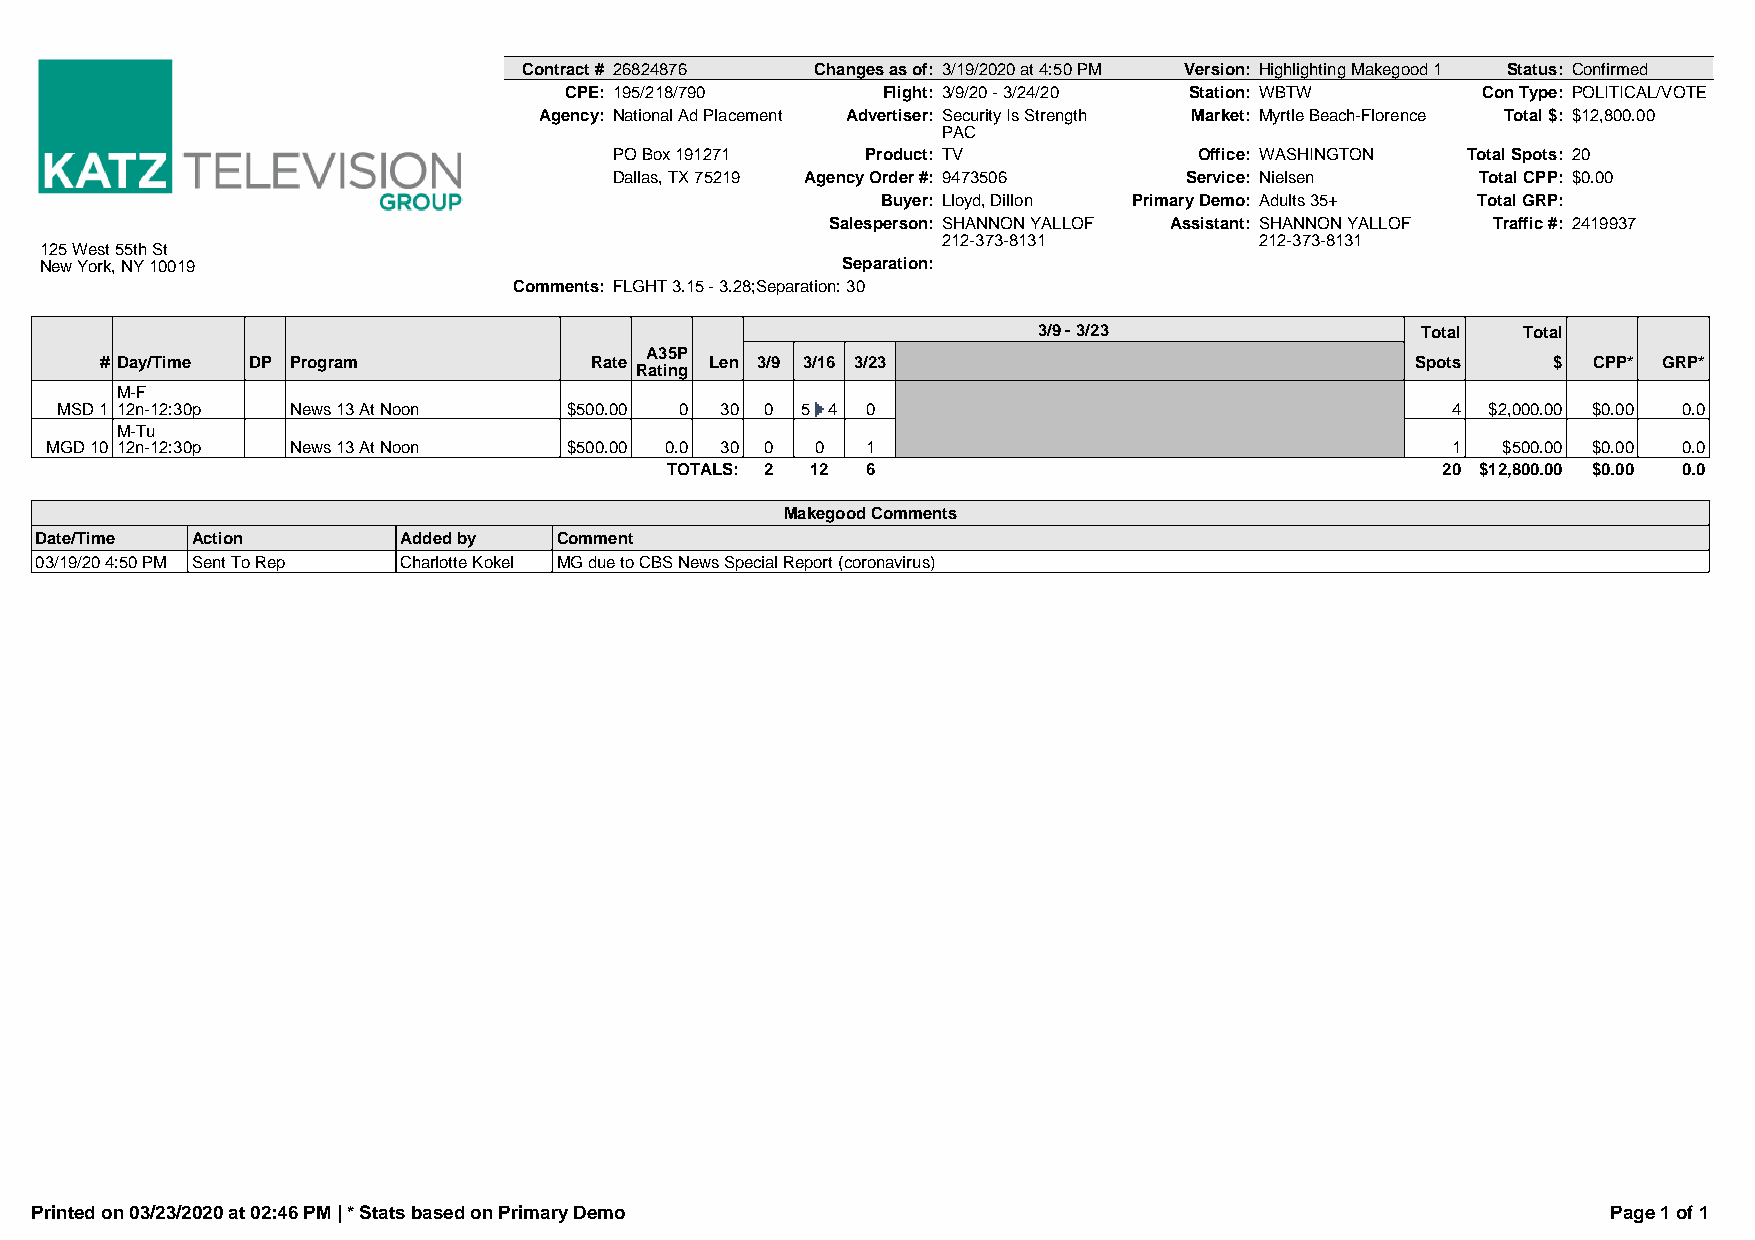
Contract # 26824876 Changes as of: 3/19/2020 at 4:50 PM Version: Highlighting Makegood 1 Status: Confirmed
 CPE: 195/218/790     Flight: 3/9/20 - 3/24/20 Station: WBTW  Con Type: POLITICAL/VOTE
 Agency: National Ad Placement Advertiser: Security Is Strength Market: Myrtle Beach-Florence Total $: $12,800.00
 PAC
 PO Box 191271   Product: TV           Office: WASHINGTON Total Spots: 20
 Dallas, TX 75219 Agency Order #: 9473506 Service: Nielsen Total CPP: $0.00
 Buyer: Lloyd, Dillon Primary Demo: Adults 35+ Total GRP:
 Salesperson: SHANNON YALLOF Assistant: SHANNON YALLOF Traffic #: 2419937
 212-373-8131         212-373-8131
 125 West 55th St
 New York, NY 10019                                   Separation:
 Comments: FLGHT 3.15 - 3.28;Separation: 30
 3/9 - 3/23               Total  Total
 A35P
 # Day/Time DP Program           Rate    Len 3/9 3/16 3/23                              Spots    $ CPP* GRP*
 Rating
 M-F
 MSD 1 12n-12:30p News 13 At Noon  $500.00 0 30 0 5 4 0                                      4 $2,000.00 $0.00 0.0
 M-Tu
 MGD 10 12n-12:30p News 13 At Noon  $500.00 0.0 30 0 0 1                                      1  $500.00 $0.00 0.0
 TOTALS: 2 12 6                                     20 $12,800.00 $0.00 0.0
 Makegood Comments
 Date/Time  Action       Added by   Comment
 03/19/20 4:50 PM Sent To Rep Charlotte Kokel MG due to CBS News Special Report (coronavirus)
 Printed on 03/23/2020 at 02:46 PM | * Stats based on Primary Demo                                        Page 1 of 1